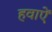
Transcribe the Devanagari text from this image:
हवाऐं